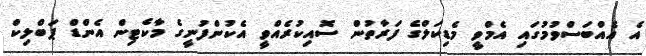
އެ އެއްބަސްވުމުގައި އެމްވީ މެޑިކަލްގެ ފަރާތުން ސޮއިކުރެއްވީ އެކުންފުނީގެ މާކެޓިން އެންޑް ޕަބްލިކް